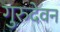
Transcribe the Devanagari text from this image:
गुरुदेवन